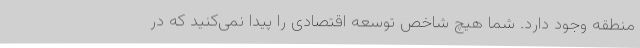
منطقه وجود دارد. شما هیچ شاخص توسعه اقتصادی را پیدا نمی‌کنید که در